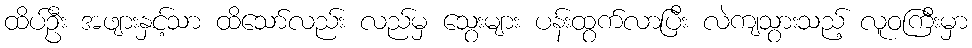
ထိပ်ဦး အဖျားနှင့်သာ ထိသော်လည်း လည်မှ သွေးများ ပန်းထွက်လာပြီး လဲကျသွားသည့် လူဝကြီးမှာ